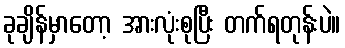
ခုချိန်မှာတော့ အားလုံးစုပြီး တက်ရတုန်းပဲ။